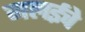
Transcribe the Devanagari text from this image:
मलईचे